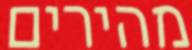
מהירים